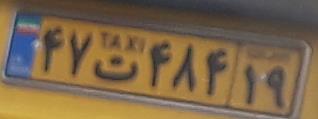
۴۷ت۴۸۴۱۹